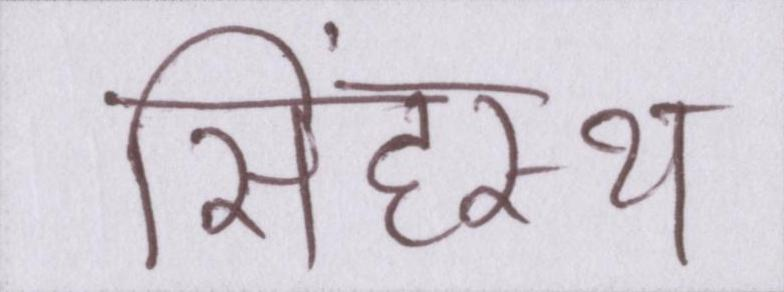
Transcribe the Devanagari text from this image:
सिंहस्थ